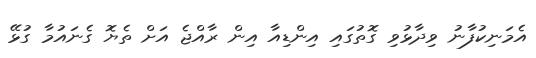
އެމަނިކުފާނު ވިދާޅުވި ގޮތުގައި އިންޑިއާ އިން ރާއްޖެ އަށް ތެޔޮ ގެނައުމާ ގުޅޭ